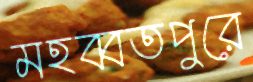
মহব্বতপুরে